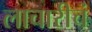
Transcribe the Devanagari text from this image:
लाचारीचं